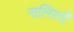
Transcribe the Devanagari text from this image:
नात्सियों